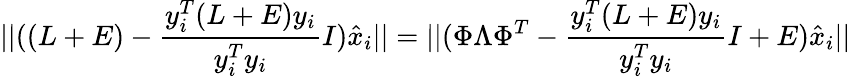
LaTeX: \vert\vert((L+E)-\frac{y_{i}^{T}(L+E)y_{i}}{y_{i}^{T}y_{i}}I)\hat{x}_{i}\vert\vert=\vert\vert(\Phi\Lambda\Phi^{T}-\frac{y_{i}^{T}(L+E)y_{i}}{y_{i}^{T}y_{i}}I+E)\hat{x}_{i}\vert\vert